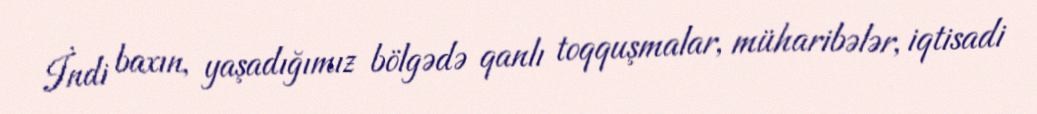
İndi baxın, yaşadığımız bölgədə qanlı toqquşmalar, müharibələr, iqtisadi